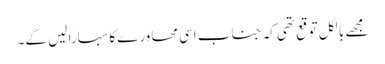
مجھے بالکل توقع تھی کہ جناب اسی محاورے کا سہارا لیں گے۔